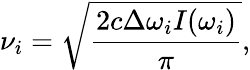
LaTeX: \nu_{i}=\sqrt{\frac{2c\Delta\omega_{i}I(\omega_{i})}{\pi}},